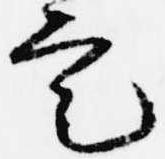
定